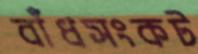
বাঁধসংকট